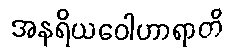
အနရိယဝေါဟာရာတိ